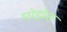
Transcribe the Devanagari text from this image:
मोझेेस